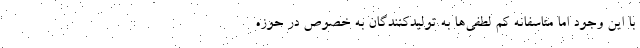
با این وجود اما متاسفانه کم لطفی‌ها به تولیدکنندگان به خصوص در حوزه